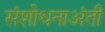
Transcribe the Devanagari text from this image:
संशोधनाअंती